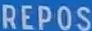
REPOS